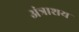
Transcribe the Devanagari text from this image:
अंत्राशय